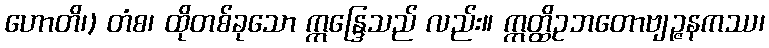
ဟောတိ၊) တံစ၊ ထိုတစ်ခုသော ဣန္ဒြေသည် လည်း။ ဣတ္ထိဥဘတောဗျဉ္ဇနကဿ၊